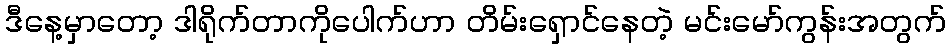
ဒီနေ့မှာတော့ ဒါရိုက်တာကိုပေါက်ဟာ တိမ်းရှောင်နေတဲ့ မင်းမော်ကွန်းအတွက်